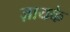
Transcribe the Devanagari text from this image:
ज़ायके